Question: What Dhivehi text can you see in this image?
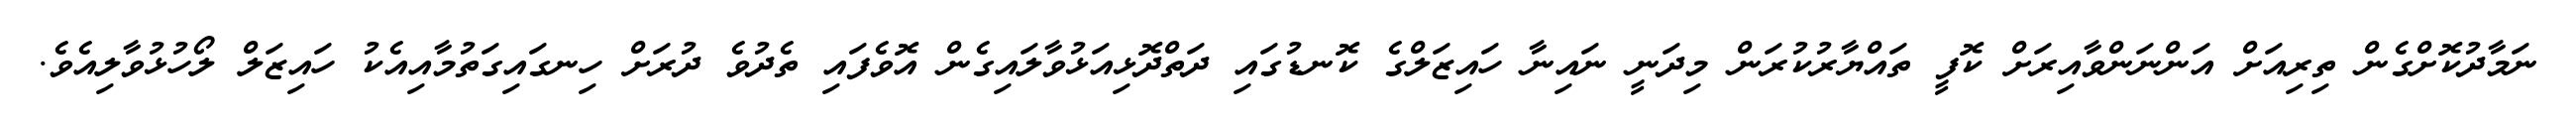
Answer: ނަމާދުކޮށްގެން ތިރިއަށް އަންނަންވާއިރަށް ކޮފީ ތައްޔާރުކުރަން މިދަނީ ނައިނާ ހައިޒަލްގެ ކޮނޑުގައި ދަތްދޮޅިއަޅުވާލައިގެން އޮވެފައި ތެދުވެ ދުރަށް ހިނގައިގަތުމާއިއެކު ހައިޒަލް ލޯހުޅުވާލިއެވެ.